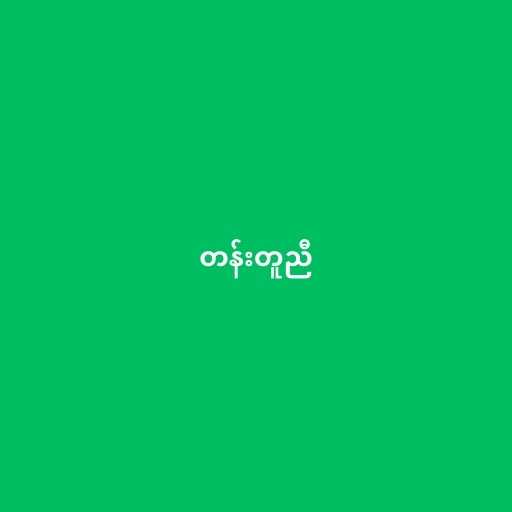
တန်းတူညီ